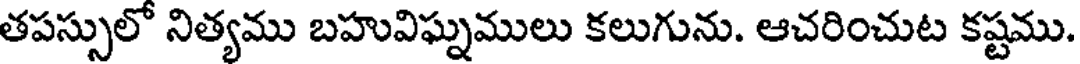
తపస్సులో నిత్యము బహువిఘ్నములు కలుగును. ఆచరించుట కష్టము.